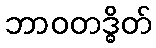
ဘာဝတဒ္ဓိတ်